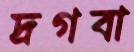
দ্রগবা